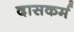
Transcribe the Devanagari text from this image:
दासकर्म